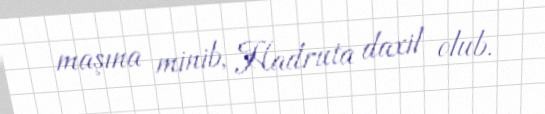
maşına minib, Hadruta daxil olub.